Indian journal of veterinary science and animal husbandry - Volumes 24-25, 1954-1955
Year: 1954
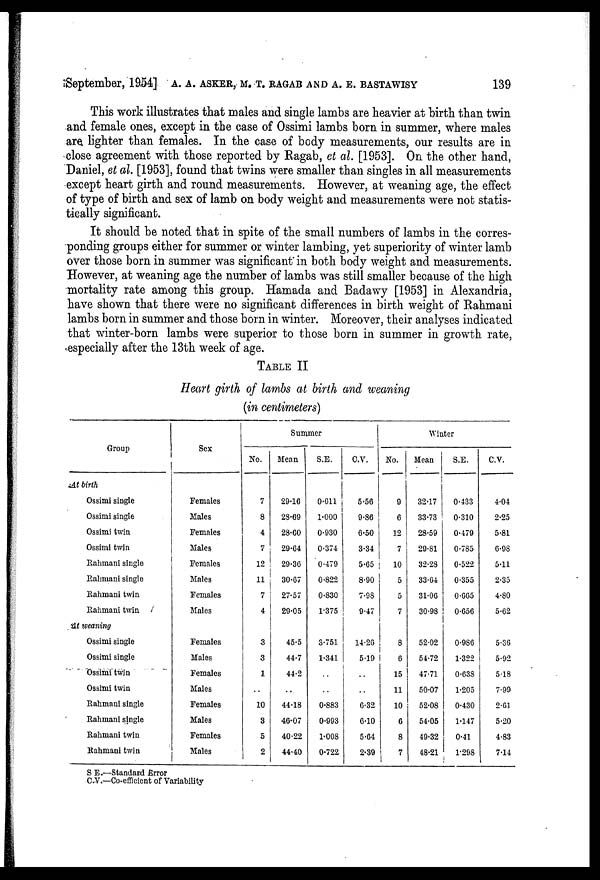
September, 19.54] A. A. ASKER, M. T. RAGAB AND A. E. BASTAWISY 139
This work illustrates that males and single lambs are heavier at birth than twin
and female ones, except in the case of Ossimi lambs born in summer, where males
are lighter than females. In the case of body measurements, our results are in
close agreement with those reported by Ragab, et al. [1953]. On the other hand,
Daniel, et al. [1953], found that twins were smaller than singles in all measurements
except heart girth and round measurements. However, at weaning age, the effect
of type of birth and sex of lamb on body weight and measurements were not statis-
tically significant.
It should be noted that in spite of the small numbers of lambs in the corres-
ponding groups either for summer or winter lambing, yet superiority of winter lamb
over those born in summer was significant in both body weight and measurements.
However, at weaning age the number of lambs was still smaller because of the high
mortality rate among this group. Hamada and Badawy [1953] in Alexandria,
have shown that there were no significant differences in birth weight of Rahmani
lambs born in summer and those born in winter. Moreover, their analyses indicated
that winter-born lambs were superior to those born in summer in growth rate,
especially after the 13th week of age.
TABLE II
Heart girth of lambs at birth and weaning
(in centimeters)
Group
At birth
Ossimi single
Ossimi single
Ossimi twin
Ossimi twin
Rahmani single
Rahmani single
Rahmani twin
Rahmani twin
At weaning
Ossimi single
Ossimi single
Ossimi twin
Ossimi twin
Rahmani single
Rahmani single
Rahmani twin
Rahmani twin
Sex
Females
Males
Females
Males
Females
Males
Females
Males
Females
Males
Females
Males
Females
Males
Females
Males
Summer
No.
7
8
4
7
12
11
7
4
3
3
1
..
10
3
5
2
Mean
29.16
28.69
28.60
29.64
29.36
30.67
27.57
29.05
45.5
44.7
44.2
..
44.18
46.07
40.22
44.40
S.E.
0.611
1.000
0.930
0.374
0.479
0.822
0.830
1.375
3.751
1.341
..
..
0.883
0.993
1.008
0.722
C.V.
5.56
9.86
6.50
3.34
5.65
8.90
7.98
9.47
14.26
5.19
..
..
6.32
6.10
5.64
2.39
Winter
No.
9
6
12
7
10
5
5
7
8
6
15
11
10
6
8
7
Mean
32.17
33.73
28.59
29.81
32.28
33.64
31.06
30.98
52.02
54.72
47.71
50.07
52.08
54.05
49.32
48.21
S.E.
0.433
0.310
0.479
0.785
0.522
0.355
0.665
0.656
0.986
1.322
0.638
1.205
0.430
1.147
0.41
1.298
C.V.
4.04
2.25
5.81
6.98
5.11
2.35
4.80
5.62
5.36
5.92
5.18
7.99
2.61
5.20
4.83
7.14
S E.—Standard Error
C.V.—Co-efficient of Variability